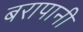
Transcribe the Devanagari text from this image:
बरापानी